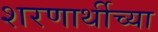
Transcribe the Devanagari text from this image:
शरणार्थीच्या